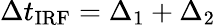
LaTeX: \Delta t_{\mathrm{IRF}}=\Delta_{1}+\Delta_{2}